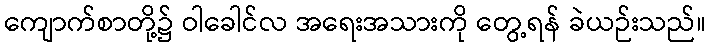
ကျောက်စာတို့၌ ဝါခေါင်လ အရေးအသားကို တွေ့ရန် ခဲယဉ်းသည်။